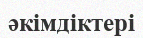
әкімдіктері